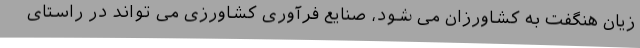
زیان هنگفت به کشاورزان می شود، صنایع فرآوری کشاورزی می تواند در راستای